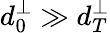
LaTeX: d_{0}^{\perp}\gg d_{T}^{\perp}